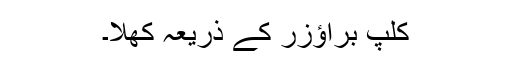
کلپ براؤزر کے ذریعہ کھلا۔